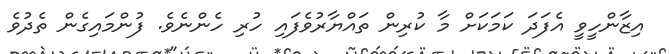
އިޒާންހީވީ އެފަދަ ކަމަކަށް މާ ކުރިން ތައްޔާރުވެފައި ހުރި ހެންނެވެ. ފުންމައިގެން ތެދުވެ